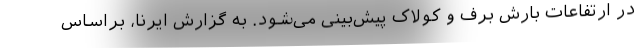
در ارتفاعات بارش برف و کولاک پیش‌بینی می‌شود. به گزارش ایرنا، براساس